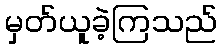
မှတ်ယူခဲ့ကြသည်